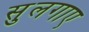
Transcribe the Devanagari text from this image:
सुलगाए